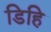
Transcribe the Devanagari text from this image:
डिहि